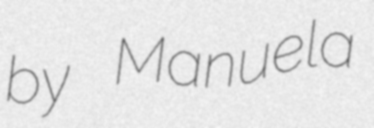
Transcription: by Manuela